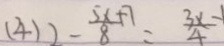
( 4 ) 2 - \frac { 5 x + 7 } { 8 } = \frac { 3 x - 1 } { 4 }